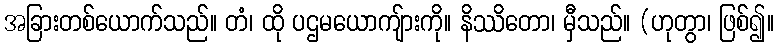
အခြားတစ်ယောက်သည်။ တံ၊ ထို ပဌမယောကျ်ားကို။ နိဿိတော၊ မှီသည်။ (ဟုတွာ၊ ဖြစ်၍။